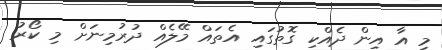
މި އާ އިން ދެއްކި ގޮތުގައި އެތައް މޭލެއް ދުރުމިނަށް މި ކޯރު